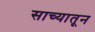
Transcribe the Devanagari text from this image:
साच्यातून